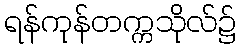
ရန်ကုန်တက္ကသိုလ်၌